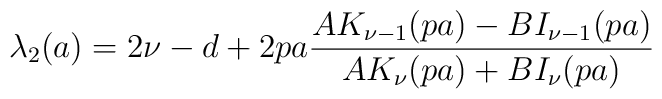
\lambda_2(a)=2 \nu-d+ 2pa \frac {A K_{\nu-1}(p a)-B I_{\nu-1}(pa)} {A K_{\nu}(p a)+B I_{\nu}(p a)}